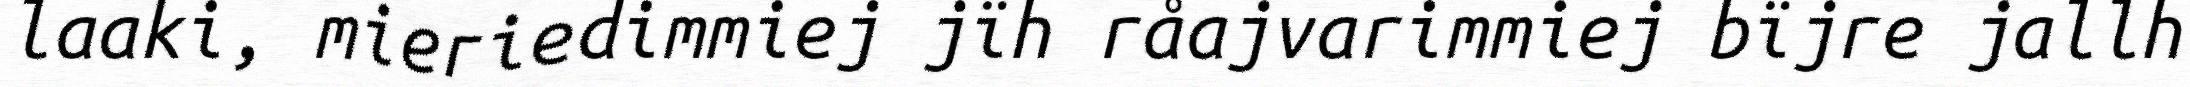
laaki, mieriedimmiej jïh råajvarimmiej bïjre jallh